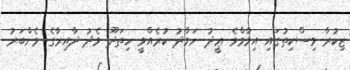
ޒިކުރާ މިސްކިތުގައި އިމާމްވެ ޢީދު ނަމާދު ކުރެއްވީ ހިތަދޫ މެދު ދާއިރާގެ މެންބަރު